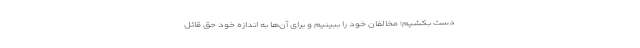
دست بکشیم؛ مخالفان خود را ببینیم و برای آن‌ها به اندازه خود حق قائل